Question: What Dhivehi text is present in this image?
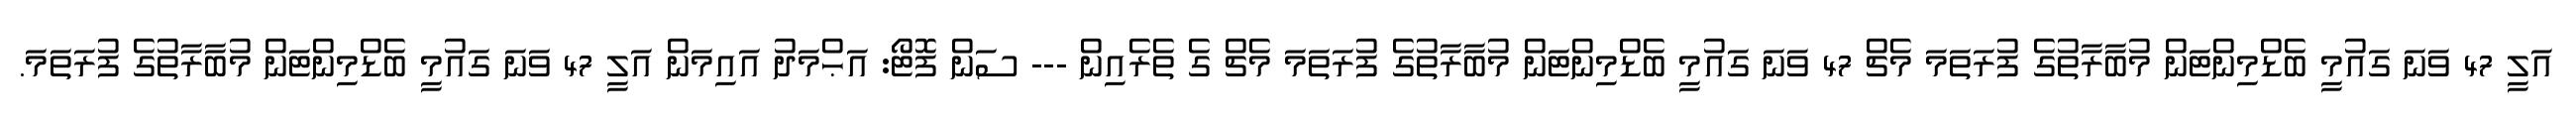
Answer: އަލީ 47 ވަނަ ގައުމީ ބެޑްމިންޓަން މުބާރާތުގެ ފުރަތަމަ މެޗް 47 ވަނަ ގައުމީ ބެޑްމިންޓަން މުބާރާތުގެ ފުރަތަމަ މެޗް ގެ ތެރެއިން --- ސަން ފޮޓޯ: އަޙްމަދު އައިމަން އަލީ 47 ވަނަ ގައުމީ ބެޑްމިންޓަން މުބާރާތުގެ ފުރަތަމަ.